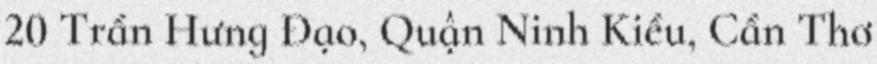
20 Trần Hưng Đạo, Quận Ninh Kiều, Cần Thơ